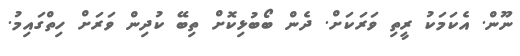
ނޫން. އެކަމަކު ރީތި ވަރަކަށް. ދެން ބޯބުޅިކޮށް ތިބޭ ކުދިން ވަރަށް ހިތްގައިމު.